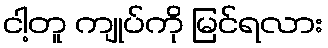
ငါ့တူ ကျုပ်ကို မြင်ရလား